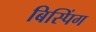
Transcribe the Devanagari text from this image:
बिस्पिंग